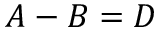
A - B = D